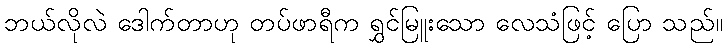
ဘယ်လိုလဲ ဒေါက်တာဟု တပ်ဖာရီက ရွှင်မြူးသော လေသံဖြင့် ပြော သည်။